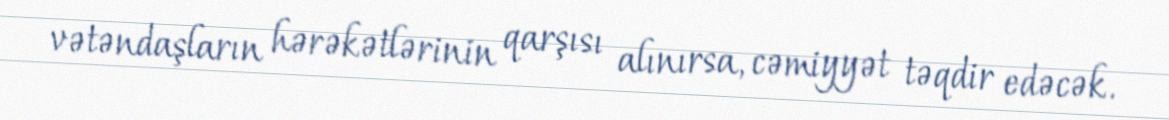
vətəndaşların hərəkətlərinin qarşısı alınırsa, cəmiyyət təqdir edəcək.